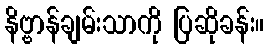
နိဗ္ဗာန်ချမ်းသာကို ပြဆိုခန်း။